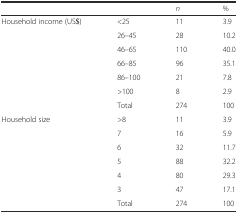
<table><thead><tr><td></td><td></td><td><b><i>n</i></b></td><td><b>%</b></td></tr></thead><tbody><tr><td rowspan="7">Household income (US$)</td><td>&lt;25</td><td>11</td><td>3.9</td></tr><tr><td>26–45</td><td>28</td><td>10.2</td></tr><tr><td>46–65</td><td>110</td><td>40.0</td></tr><tr><td>66–85</td><td>96</td><td>35.1</td></tr><tr><td>86–100</td><td>21</td><td>7.8</td></tr><tr><td>&gt;100</td><td>8</td><td>2.9</td></tr><tr><td>Total</td><td>274</td><td>100</td></tr><tr><td>Household size</td><td>&gt;8</td><td>11</td><td>3.9</td></tr><tr><td></td><td>7</td><td>16</td><td>5.9</td></tr><tr><td></td><td>6</td><td>32</td><td>11.7</td></tr><tr><td></td><td>5</td><td>88</td><td>32.2</td></tr><tr><td></td><td>4</td><td>80</td><td>29.3</td></tr><tr><td></td><td>3</td><td>47</td><td>17.1</td></tr><tr><td></td><td>Total</td><td>274</td><td>100</td></tr></tbody></table>